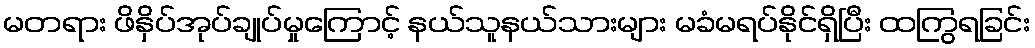
မတရား ဖိနှိပ်အုပ်ချုပ်မှုကြောင့် နယ်သူနယ်သားများ မခံမရပ်နိုင်ရှိပြီး ထကြွရခြင်း